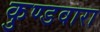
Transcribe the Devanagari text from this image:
कुण्डवारा